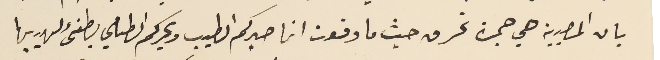
بان المصيبة هي جمرة تحرق حيث ما وقعت انما صبركم الطيب وبحركم الطامي يطفىء لهيبها